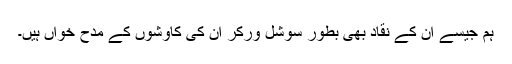
ہم جیسے ان کے نقاد بھی بطور سوشل ورکر ان کی کاوشوں کے مدح خواں ہیں۔